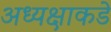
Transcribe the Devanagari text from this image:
अध्यक्षाकडे